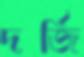
দর্জি